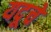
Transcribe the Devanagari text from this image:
यदूचे